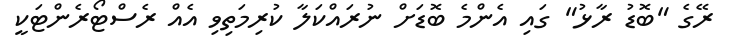
ރޭގެ "ބޮޑު ރާޅު" ގައި އެންމެ ބޮޑަށް ނުރައްކަލާ ކުރިމަތިވި އެއް ރެސްޓޯރެންޓަކީ